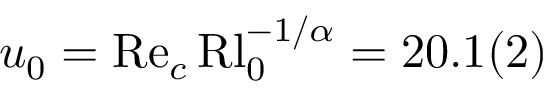
u _ { 0 } = \mathrm { R e } _ { c } \, \mathrm { R l } _ { 0 } ^ { - 1 / \alpha } = 2 0 . 1 ( 2 )